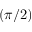
( \pi / 2 )